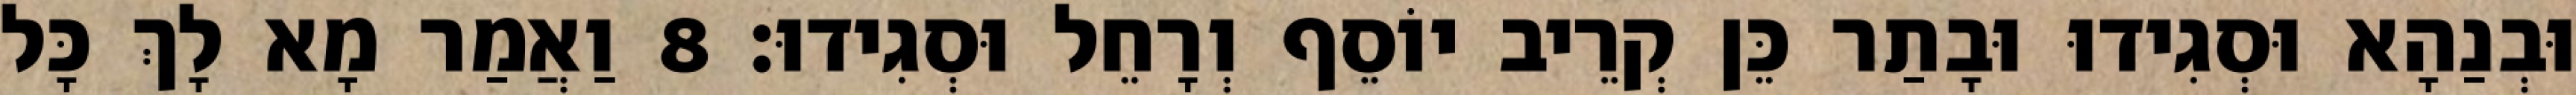
וּבְנַהָא וּסְגִידוּ וּבָתַר כֵּן קְרֵיב יוֹסֵף וְרָחֵל וּסְגִידוּ׃ 8 וַאֲמַר מָא לָךְ כָּל